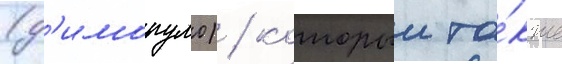
(д'имопуло) / которыи та́кже